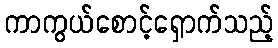
ကာကွယ်စောင့်ရှောက်သည့်